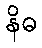
နိဓ